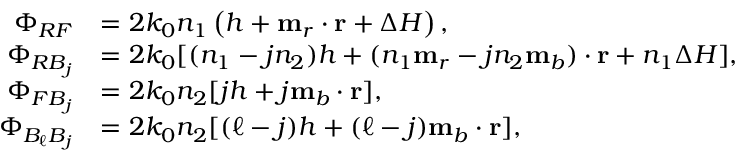
\begin{array} { r l } { \Phi _ { R F } } & { = 2 k _ { 0 } n _ { 1 } \left( h + \mathbf { m } _ { r } \cdot \mathbf { r } + \Delta H \right) , } \\ { \Phi _ { R B _ { j } } } & { = 2 k _ { 0 } [ ( n _ { 1 } - j n _ { 2 } ) h + ( n _ { 1 } \mathbf { m } _ { r } - j n _ { 2 } \mathbf { m } _ { b } ) \cdot \mathbf { r } + n _ { 1 } \Delta H ] , } \\ { \Phi _ { F B _ { j } } } & { = 2 k _ { 0 } n _ { 2 } [ j h + j \mathbf { m } _ { b } \cdot \mathbf { r } ] , } \\ { \Phi _ { B _ { \ell } B _ { j } } } & { = 2 k _ { 0 } n _ { 2 } [ ( \ell - j ) h + ( \ell - j ) \mathbf { m } _ { b } \cdot \mathbf { r } ] , } \end{array}